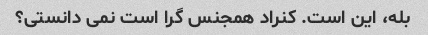
بله، این است. کنراد همجنس گرا است نمی دانستی؟